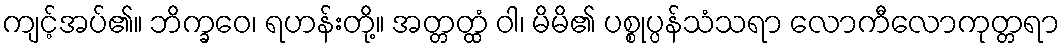
ကျင့်အပ်၏။ ဘိက္ခဝေ၊ ရဟန်းတို့။ အတ္တတ္ထံ ဝါ၊ မိမိ၏ ပစ္စုပ္ပန်သံသရာ လောကီလောကုတ္တရာ